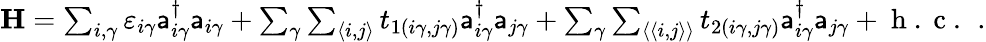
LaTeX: \begin{array}{r}{{\mathbf H}=\sum_{i,\gamma}\varepsilon_{i\gamma}\mathsf{a}_{i\gamma}^{\dagger}\mathsf{a}_{i\gamma}+\sum_{\gamma}\sum_{\langle i,j\rangle}t_{1(i\gamma,j\gamma)}\mathsf{a}_{i\gamma}^{\dagger}\mathsf{a}_{j\gamma}+\sum_{\gamma}\sum_{\langle\langle i,j\rangle\rangle}t_{2(i\gamma,j\gamma)}\mathsf{a}_{i\gamma}^{\dagger}\mathsf{a}_{j\gamma}+\mathrm{~h~.~c~.~}\, .}\end{array}